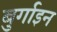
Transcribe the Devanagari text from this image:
बुर्गाइन